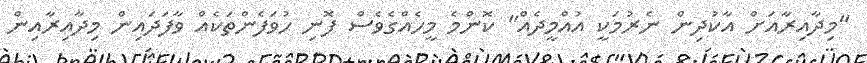
"މިދާއިރާއަށް އާކުދިން ނެރުމަކީ އުއްމީދެއް" ކޮންމެ މީހެއްގެވެސް ފޮނި ހުވަފެންްތަކެއް ވާފަދައިން މިދާއިރާއިން